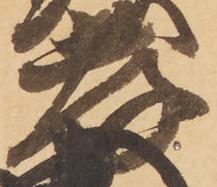
孝